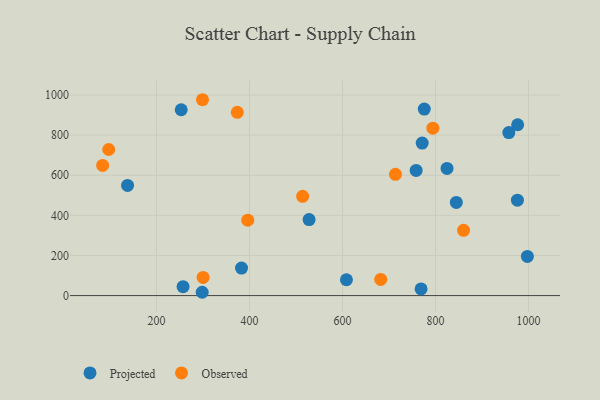
{"axis": {"x": "Distance", "y": "Fuel Efficiency"}, "legend": ["Observed", "Projected"], "data": [{"x": "957.7", "y": 812.8, "type": "Projected"}, {"x": "976.2", "y": 475.9, "type": "Projected"}, {"x": "608.5", "y": 79.0, "type": "Projected"}, {"x": "769.0", "y": 33.3, "type": "Projected"}, {"x": "253.2", "y": 926.6, "type": "Projected"}, {"x": "298.3", "y": 16.5, "type": "Projected"}, {"x": "775.9", "y": 930.1, "type": "Projected"}, {"x": "528.2", "y": 378.8, "type": "Projected"}, {"x": "771.4", "y": 760.2, "type": "Projected"}, {"x": "137.8", "y": 549.0, "type": "Projected"}, {"x": "382.9", "y": 137.0, "type": "Projected"}, {"x": "824.8", "y": 634.2, "type": "Projected"}, {"x": "976.7", "y": 851.8, "type": "Projected"}, {"x": "758.4", "y": 623.9, "type": "Projected"}, {"x": "997.6", "y": 195.3, "type": "Projected"}, {"x": "844.8", "y": 464.7, "type": "Projected"}, {"x": "257.2", "y": 44.2, "type": "Projected"}, {"x": "794.4", "y": 834.5, "type": "Observed"}, {"x": "373.8", "y": 913.9, "type": "Observed"}, {"x": "713.9", "y": 604.6, "type": "Observed"}, {"x": "396.3", "y": 375.9, "type": "Observed"}, {"x": "97.3", "y": 728.3, "type": "Observed"}, {"x": "299.0", "y": 976.5, "type": "Observed"}, {"x": "300.3", "y": 90.6, "type": "Observed"}, {"x": "514.3", "y": 494.7, "type": "Observed"}, {"x": "860.3", "y": 325.3, "type": "Observed"}, {"x": "682.2", "y": 80.8, "type": "Observed"}, {"x": "84.2", "y": 648.7, "type": "Observed"}]}